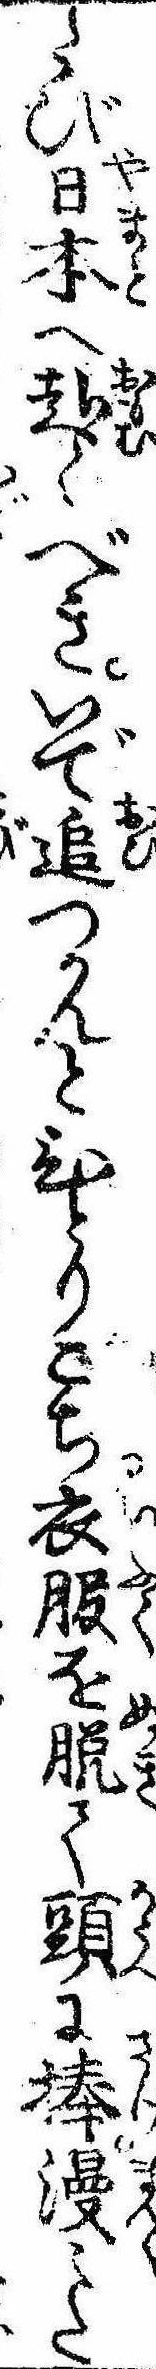
たび日本へ赴くべきいで追つかんとひとりごち衣服を脱て頭に捧漫〻た